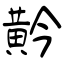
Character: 黅